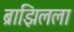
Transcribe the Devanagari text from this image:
ब्राझिलला